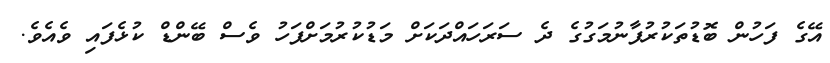
އޭގެ ފަހުން ބޮޑުތަކުރުފާނުމަގުގެ ދެ ސަރަހައްދަކަށް މަޑުކުރުމަށްފަހު ވެސް ބޭންޑް ކުޅެފައި ވެއެވެ.